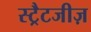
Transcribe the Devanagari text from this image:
स्ट्रैटजीज़